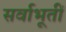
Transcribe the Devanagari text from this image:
सर्वाभूतीं